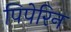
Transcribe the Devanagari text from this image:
पिपेरिन